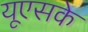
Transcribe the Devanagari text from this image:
यूएसके